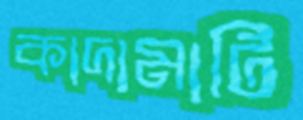
কাদামাটি